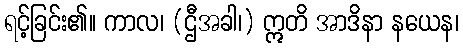
ရင့်ခြင်း၏။ ကာလ၊ (ဌီအခါ၊) ဣတိ အာဒိနာ နယေန၊